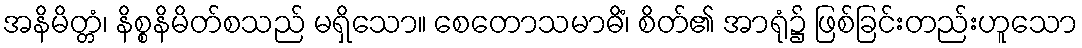
အနိမိတ္တံ၊ နိစ္စနိမိတ်စသည် မရှိသော။ စေတောသမာဓိံ၊ စိတ်၏ အာရုံ၌ ဖြစ်ခြင်းတည်းဟူသော